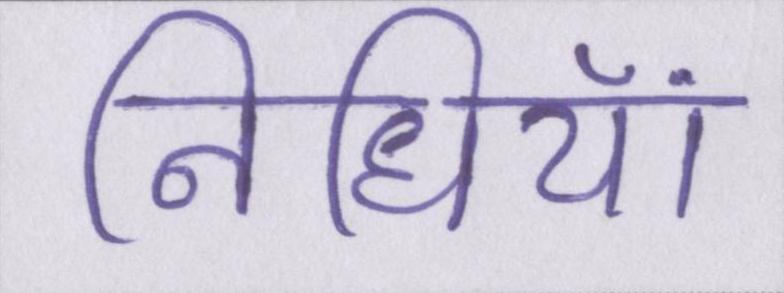
निधियां